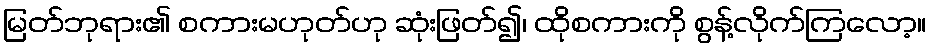
မြတ်ဘုရား၏ စကားမဟုတ်ဟု ဆုံးဖြတ်၍၊ ထိုစကားကို စွန့်လိုက်ကြလော့။